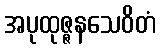
အပုထုဇ္ဇနသေဝိတံ